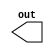
/*
 * Copyright 2018 ISP RAS (http://www.ispras.ru)
 *
 * Licensed under the Apache License, Version 2.0 (the "License");
 * you may not use this file except in compliance with the License.
 * You may obtain a copy of the License at
 *
 *     http://www.apache.org/licenses/LICENSE-2.0
 *
 * Unless required by applicable law or agreed to in writing, software
 * distributed under the License is distributed on an "AS IS" BASIS,
 * WITHOUT WARRANTIES OR CONDITIONS OF ANY KIND, either express or implied.
 * See the License for the specific language governing permissions and
 * limitations under the License.
 */

// IEEE Std 1364-2005
//   19. Compiler directives
//     19.4 `ifdef, `else, `elsif, `endif, `ifndef
//       Example 2  The following example shows usage of nested conditional compilation directive.

module test(out);
  output out;
  `define wow
  `define nest_one
  `define second_nest
  `define nest_two

  `ifdef wow
    initial $display("wow is defined");
    `ifdef nest_one
      initial $display("nest_one is defined");
      `ifdef nest_two
        initial $display("nest_two is defined");
      `else
        initial $display ("nest_two is not defined");
      `endif
    `else
      initial $display("nest_one is not defined");
    `endif
  `else
    initial $display("wow is not defined");
    `ifdef second_nest
      initial $display("second_nest is defined");
    `else
      initial $display("second_nest is not defined");
    `endif
  `endif
endmodule